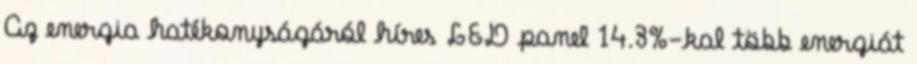
Az energia hatékonyságáról híres LED panel 14.3%-kal több energiát